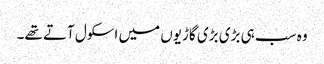
وہ سب ہی بڑی بڑی گاڑیوں میں اسکول آتے تھے۔